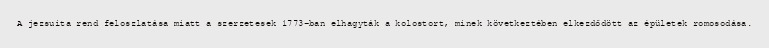
A jezsuita rend feloszlatása miatt a szerzetesek 1773-ban elhagyták a kolostort, minek következtében elkezdődött az épületek romosodása.